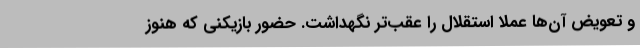
و تعویض آن‌ها عملاً استقلال را عقب‌تر نگهداشت. حضور بازیکنی که هنوز